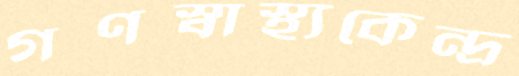
গণস্বাস্থ্যকেন্দ্র